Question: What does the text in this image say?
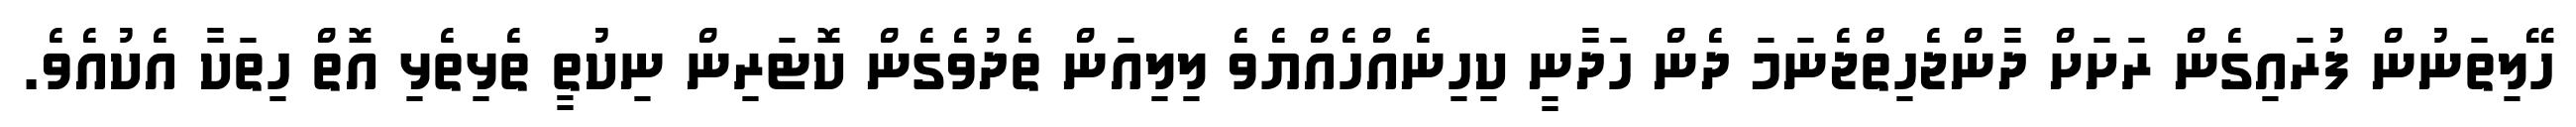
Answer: ހޭލިތަނުން ފުރައިގެން ރަށަށް ދާންޖެހިތްޖެނަމަ ދެން ހަދާނީ ކިހިނެއްހެއްޔެވެ ލިލިއަން ތެދުވެގެން ކޮޓަރިން ނިކުތީ ތެޅިތެޅި އޮތް ހިތަކާ އެކުއެވެ.